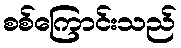
စစ်ကြောင်းသည်